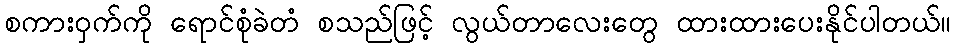
စကားဝှက်ကို ရောင်စုံခဲတံ စသည်ဖြင့် လွယ်တာလေးတွေ ထားထားပေးနိုင်ပါတယ်။